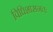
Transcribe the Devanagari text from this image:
विधिशासनतः